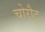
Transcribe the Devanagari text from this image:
चोरौट